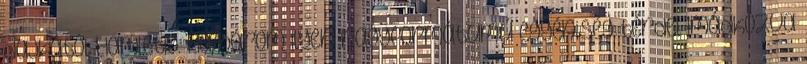
dajkától Hamletig. Ha három ilyen nagyformátumú egyéniség térdel imádkozva